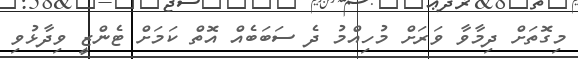
މިގޮތަށް ދިމާވާ ވަރަށް މުހިއްމު ދެ ސަބަބެއް އޮތް ކަމަށް ޓެންޒީ ވިދާޅުވި